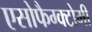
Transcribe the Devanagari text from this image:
एसोफैग्क्टोमी